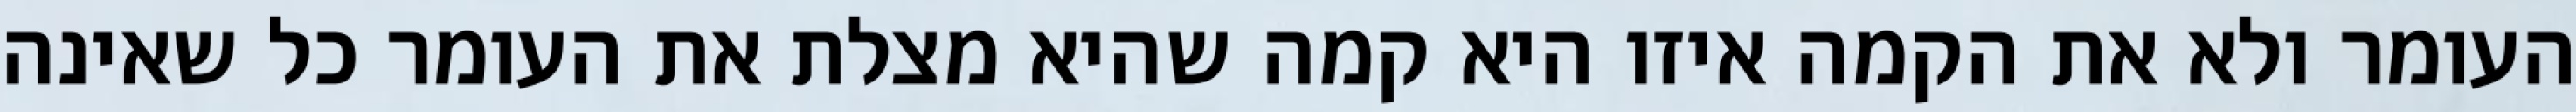
העומר ולא את הקמה איזו היא קמה שהיא מצלת את העומר כל שאינה